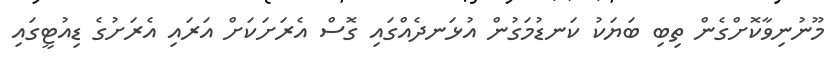
މޫނުނިވާކޮށްގެން ތިބި ބަޔަކު ކަނޑުމަގުން އުޅަނދެއްގައި ގޮސް އެރަށަކަށް އަރައި އެރަށުގެ ޑިއުޓީގައި